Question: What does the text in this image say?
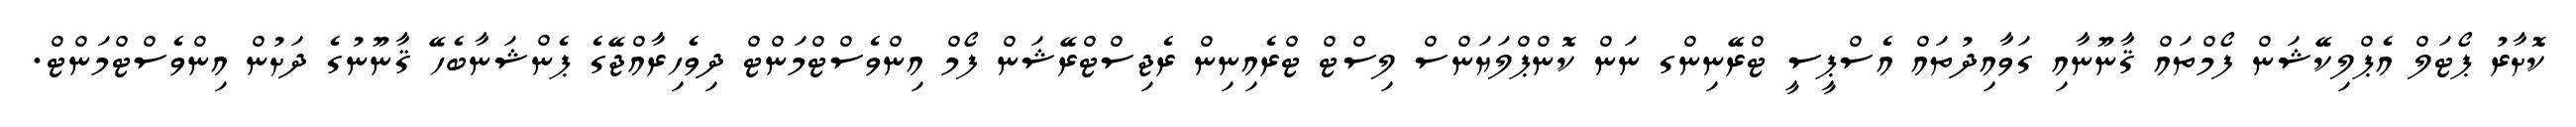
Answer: ކޮށާރު ޕޯޓަލް އެޕްލިކޭޝަން ފޯމްތައް ޤާނޫނާއި ގަވާއިދުތައް އެސްޕީސީ ޓްރޭނިންގ ނަން ކޮންޕްލަޔަންސް ލިސްޓް ޓްރެއިނިން ރެޖިސްޓްރޭޝަން ފޯމް އިންވެސްޓްމަންޓް ދިވެހިރާއްޖޭގެ ޕެންޝަނާބެހޭ ޤާނޫނުގެ ދަށުން އިންވެސްޓްމަންޓް.